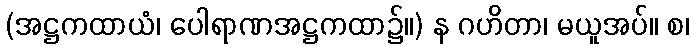
(အဋ္ဌကထာယံ၊ ပေါရာဏအဋ္ဌကထာ၌။) န ဂဟိတာ၊ မယူအပ်။ စ၊